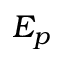
E _ { p }